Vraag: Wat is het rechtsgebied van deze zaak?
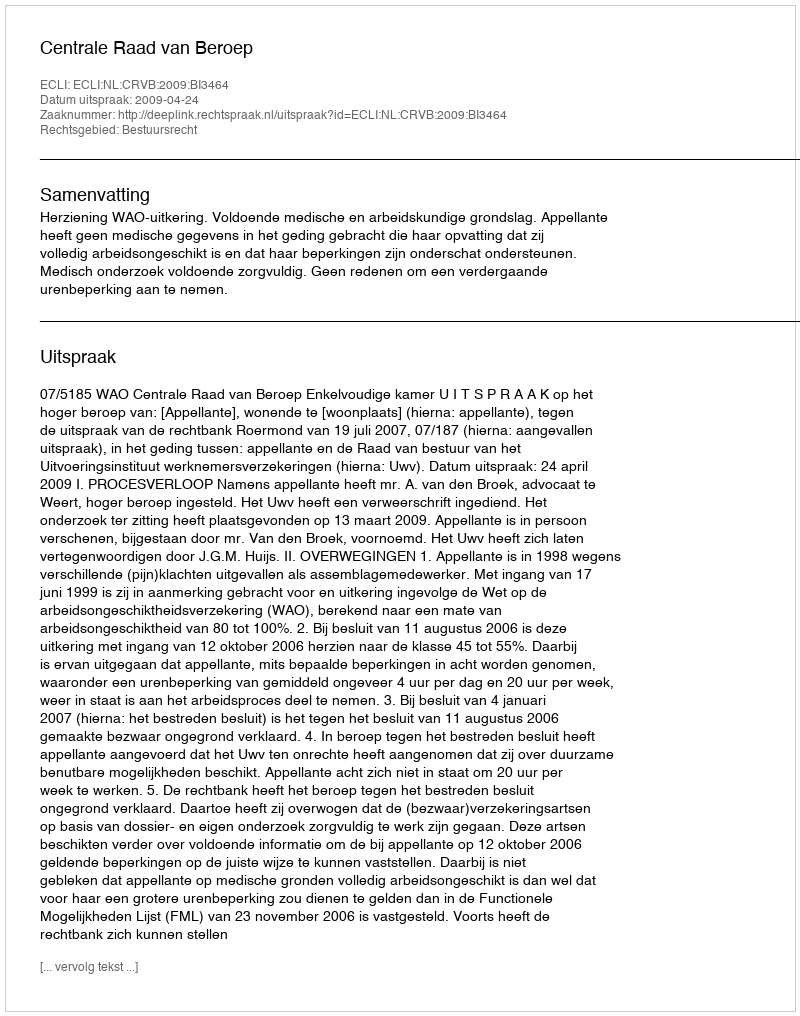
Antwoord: Bestuursrecht